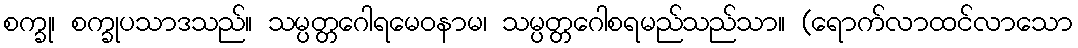
စက္ခု၊ စက္ခုပသာဒသည်။ သမ္ပတ္တဂေါရမေဝနာမ၊ သမ္ပတ္တဂေါစရမည်သည်သာ။ (ရောက်လာထင်လာသော